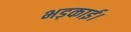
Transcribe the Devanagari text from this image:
भड़काई।